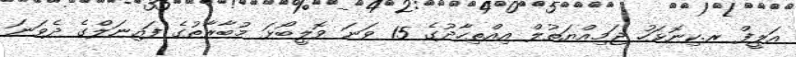
އަލީފް ރ.ކިނޮޅަހު ޖަމިއްޔަތުލް އިއްތިހާދުގެ 15 ވަނަ ވޮލީބޯޅަ މުބާރާތުގެ ފައިނަލްގެ ދެވަނަ